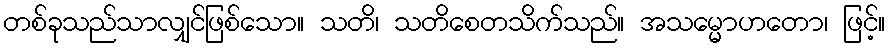
တစ်ခုသည်သာလျှင်ဖြစ်သော။ သတိ၊ သတိစေတသိက်သည်။ အသမ္မောဟတော၊ ဖြင့်။